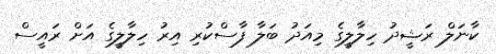
ކާނަލް ރަޝީދު ހިލާލީގެ މިއަދު ބަލާ ފާސްކުރި އިރު ހިލާލީގެ އަށް ރައީސް